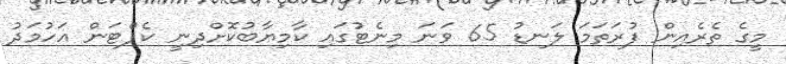
މީގެ ތެރެއިން ފުރަތަމަ ލަނޑު 65 ވަނަ މިނެޓުގައި ކާމިޔާބުކޮށްދިނީ ކެޕްޓަން އަހުމަދު